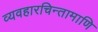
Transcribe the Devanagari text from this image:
व्यवहारचिन्तामाणि